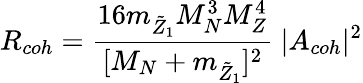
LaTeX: R_{coh}={\frac{16m_{\tilde{Z}_{1}}M_{N}^{3}M_{Z}^{4}}{[M_{N}+m_{\tilde{Z}_{1}}]^{2}}}~\vert A_{coh}\vert^{2}